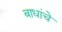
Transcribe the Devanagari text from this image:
बाधांचे